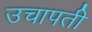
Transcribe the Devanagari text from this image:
उचापती